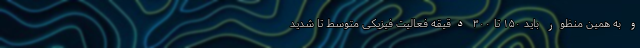
و به همین منظور باید ۱۵۰ تا ۳۰۰ دقیقه فعالیت فیزیکی متوسط تا شدید